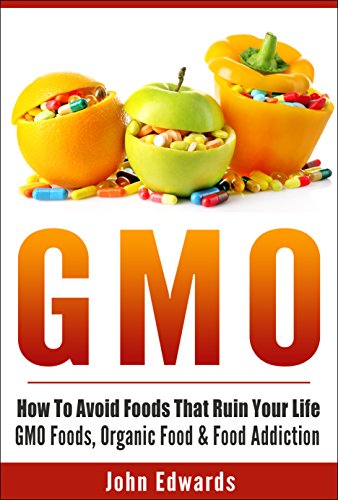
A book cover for GMO: How To Avoid Foods That Ruin Your Life - GMO Foods, Organic Food & Food Addiction (Modified Food, MSG, Chemical Free, Toxic Foods, Food Poisoning, Genetically Modified, Food Addiction); John Edwards; Health, Fitness & Dieting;